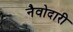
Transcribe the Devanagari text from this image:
नैवोदारी